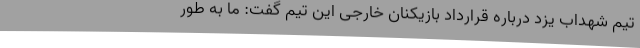
تیم شهداب یزد درباره قرارداد بازیکنان خارجی این تیم گفت: ما به طور